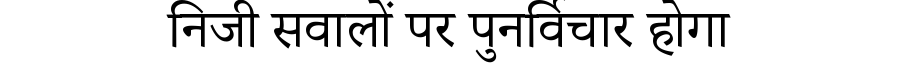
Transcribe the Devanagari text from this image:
निजी सवालों पर पुनर्विचार होगा